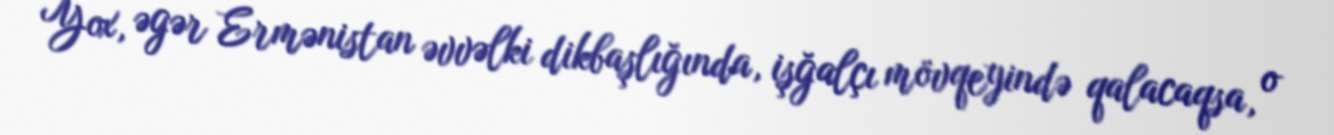
Yox, əgər Ermənistan əvvəlki dikbaşlığında, işğalçı mövqeyində qalacaqsa, o